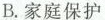
B.家庭保护禁下靠代言